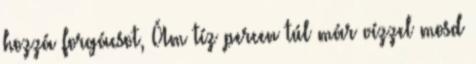
hozzá forgácsot, Ám tíz percen túl már vízzel mosd